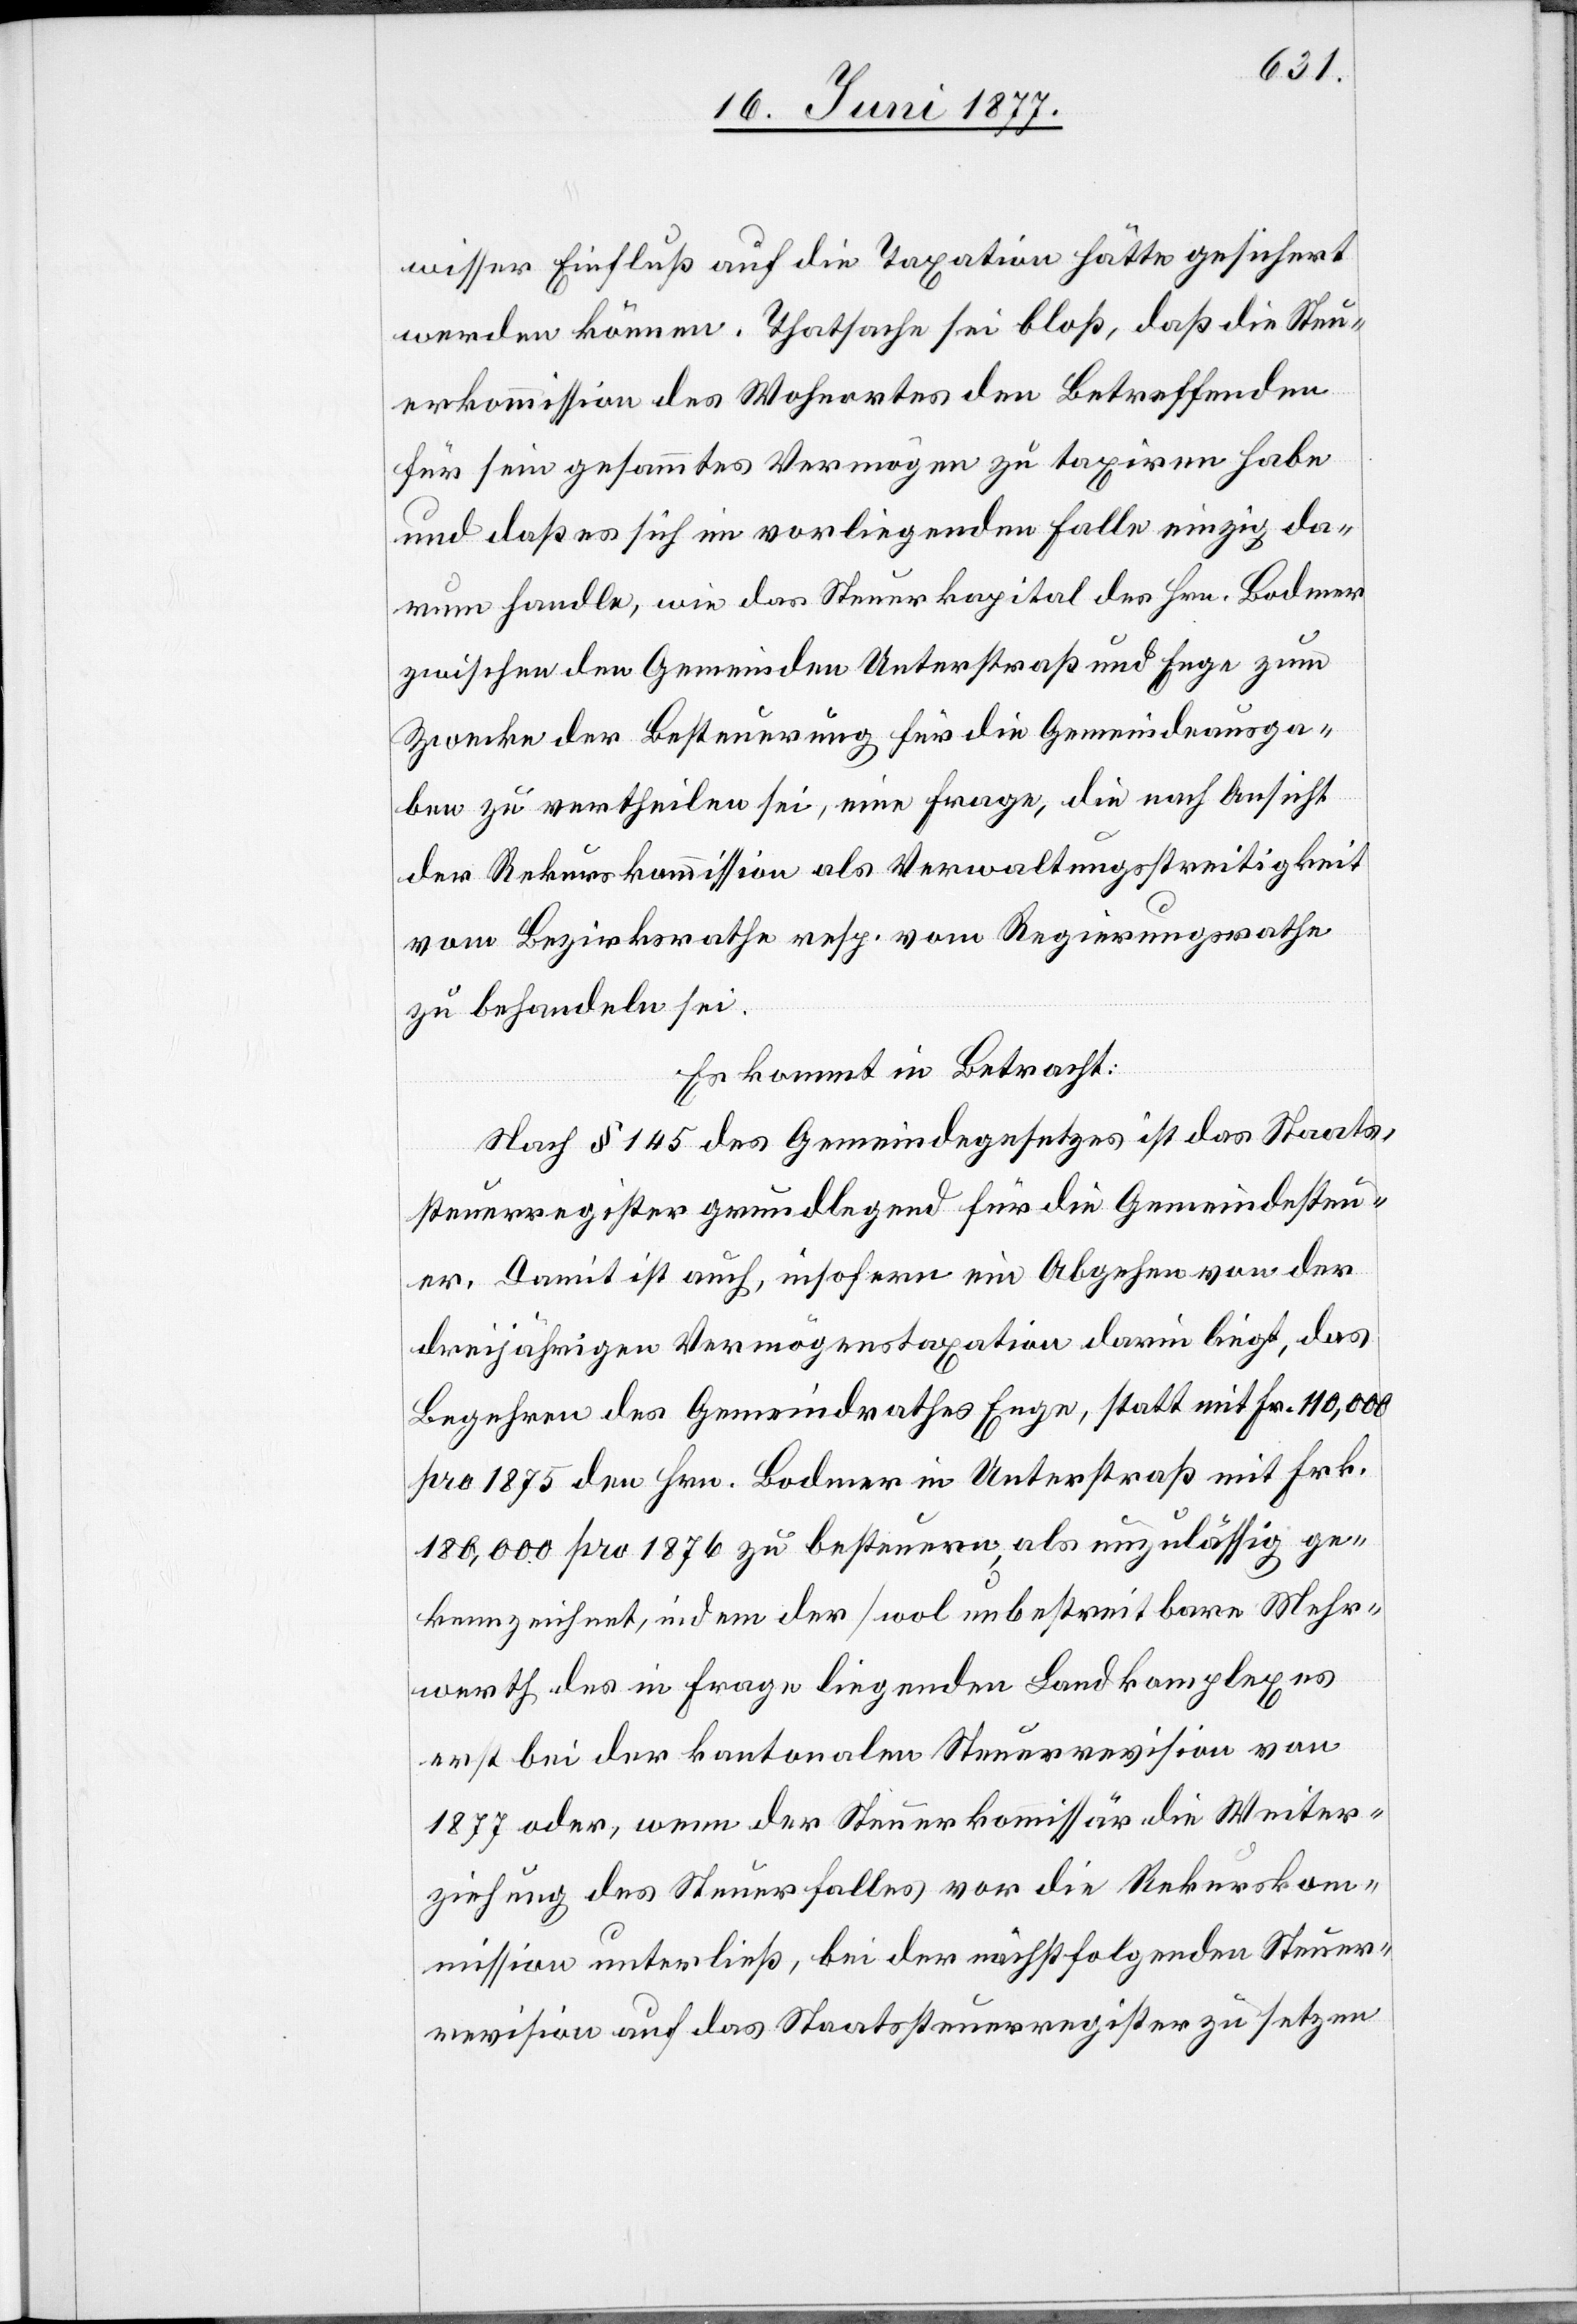
wisser Einfluß auf die Taxation hätte gesichert
werden können. Thatsache sei bloß, daß die Steu¬
erkommission des Wohnortes den Betreffenden
für sein gesammtes Vermögen zu taxiren habe
und daß es sich im vorliegenden Falle einzig da¬
rum handle, wie das Steuerkapital des Hrn. Bodmer
zwischen den Gemeinden Unterstraß und Enge zum
Zwecke der Besteuerung für die Gemeindeausga¬
ben zu vertheilen sei, eine Frage, die nach Ansicht
der Rekurskommission als Verwaltungsstreitigkeit
vom Bezirksrathe resp. Regierungsrathe
zu behandeln sei.
Es kommt in Betracht:
Nach § 145 des Gemeindegesetzes ist das Staats¬
steuerregister grundlegend für die Gemeindesteu¬
er. Damit ist auch, insofern ein Abgehen von der
dreijährigen Vermögenstaxation darin liegt, das
Begehren des Gemeindrathes Enge, statt mit Fr. 110,000
pro 1875 den Hrn. Bodmer in Unterstraß mit Frk.
180,000 pro 1876 zu besteuern, als unzulässig ge¬
kennzeichnet, und indem der [wol unbestreitbare[]] Mehr¬
werth des in Frage liegenden Landkomplexes
erst bei der kantonalen Steuerrevision von
1877 oder, wenn der Steuerkommissär die Weiter¬
ziehung des Steuerfalles vor die Rekursko¬
mmission unterließ, bei der nächstfolgenden Steuer¬
revision auf das Staatssteuerregister zu setzen